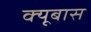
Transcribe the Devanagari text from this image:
क्यूबास